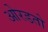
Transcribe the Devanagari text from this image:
ओरडतो